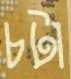
চটা